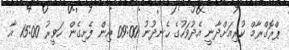
ޕްރޮގްރާމް ކުރިއަށްދާނީ އެދުވަހުގެ ހެނދުނު 09:00 އިން ފެށިގެން ހަވީރު 15:00 އާ